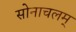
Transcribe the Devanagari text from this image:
सोनाचलम्